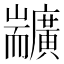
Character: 𦓣